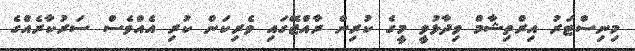
މިނިސްޓަރު އިރްތިޝާމް ވިދާޅުވީ މީގެ ކުރިން ރާއްޖޭގައި ވެރިކަން ކުރި އެއްވެސް ސަރުކާރެއްގެ